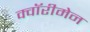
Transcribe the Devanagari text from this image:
क्वॉरीमेन